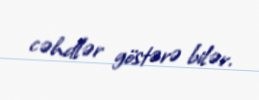
cəhdlər göstərə bilər.